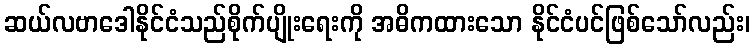
ဆယ်လဗာဒေါနိုင်ငံသည်စိုက်ပျိုးရေးကို အဓိကထားသော နိုင်ငံပင်ဖြစ်သော်လည်း၊